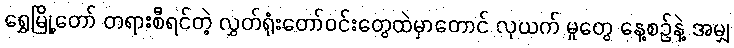
ရွှေမြို့တော် တရားစီရင်တဲ့ လွှတ်ရုံးတော်ဝင်းတွေထဲမှာတောင် လုယက် မှုတွေ နေ့စဉ်နဲ့ အမျှ